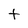
Character: t